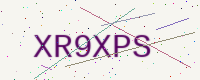
Text: XR9XPS